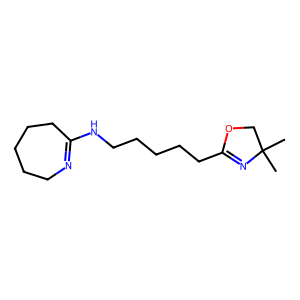
SMILES: CC1(C)COC(CCCCCNC2=NCCCCC2)=N1
Inhibits HIV replication: No